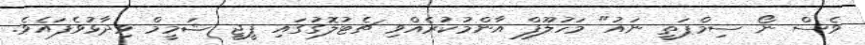
ވެސް ނޯ ސިމްޕަތީ ނައު" މަހުލޫފް އާންމުކުރެއްވި ޗެޓުލޮގުގައި ޕީޖީ ޝަމީމް ވިދާޅުވެފައެވެ.